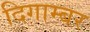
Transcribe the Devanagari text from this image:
दिगाम्बर